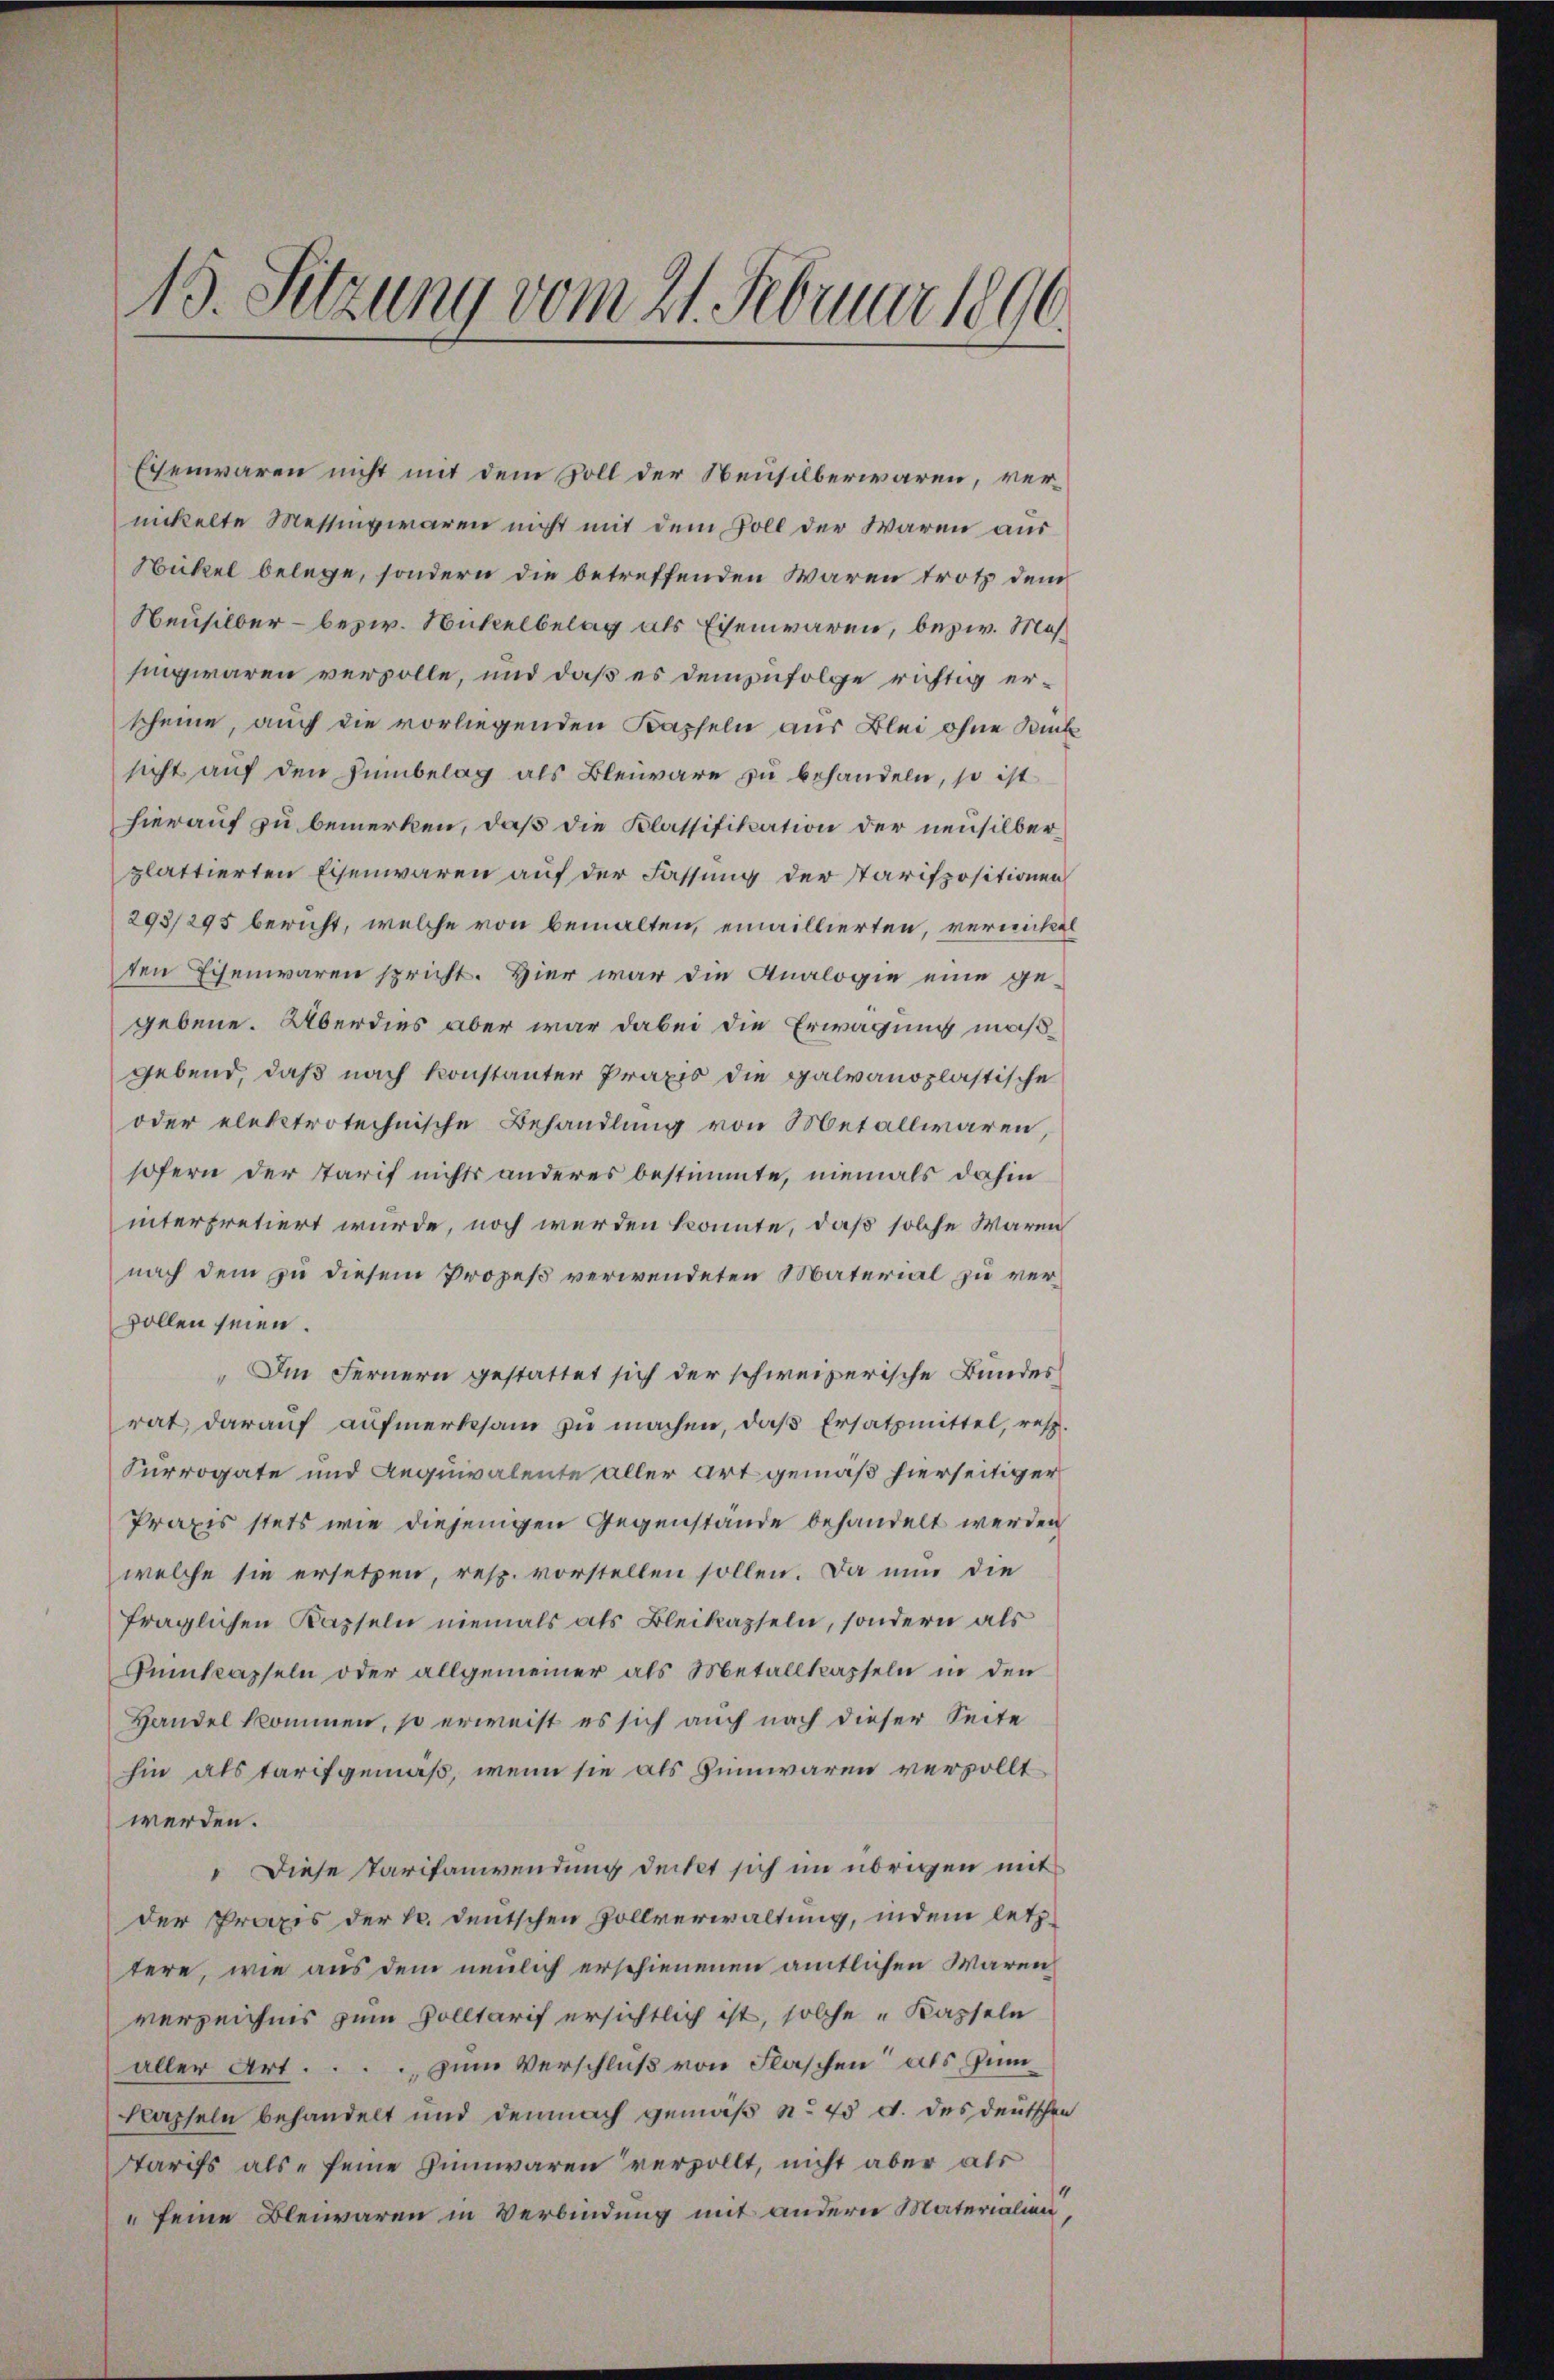
15. Sitzung vom 21. Februar 1890.

Eisenwaren nicht mit dem Soll der Neusilberwaren, vernickelte Messing waren nicht mit dem Poll der Waren aus
Nikel belege, sondern die betreffenden Waren trotz dem
Neusilber- bezw. Nickelbelag als Eisenwaren, bezw. Massing waren vervolle, und daß es demzufolge richtig erscheine, auch die vorliegenden Kapseln aus Blei ohne Rück
sicht auf den Humbelag als Bleiwäre zu behandeln, so ist
hierauf zu bemerken, daß die Klassifikation der neusilberplattierten Eisenwaren auf der Fassung der Parispositionen
293/295 bericht, welche von bemalten, einaillierten, vernickel
den Eisenwaren spricht. Hier war die Analogie eine gegebene. Überdies aber war dabei die Erwägung maßgebend, daß nach konstanter Praxis die galvanoplastische
oder elektrotechnische Behandlung von Metallwaren,
sofern der Tarif nichts anderes bestimmte, niemals dahin
interpretiert wurde, noch werden konnte, daß solche Waren
nach dem zu diesem Prozeß verwendeten Material zu verwollen seien.
Im Fernern gestattet sich der schweizerische Bundes
rat darauf aufmerksam zu machen, daß Ersatzmittel, resp.
Currogate und Aequivalente aller Art gemäß hierseitiger
Praxis stets wie diejenigen Gegenstände behandelt werden
welche sie ersetzen, resp. vorstellen sollen. Da nun die
fraglichen Kapseln niemals als Bleikapseln, sondern als
Pumkapseln oder allgemeiner als Metallkapseln in den
Handel kommen, so erweist es sich auch nach dieser Seite
hin als tarifgemäß, wenn sie als Zimwaren versollt
werden.
Diese Tarifanwendung deckt sich im übrigen mit
der Praxis der h. deutschen Zollverwaltung, indem letztere, wie aus dem neulich erschienenen amtlichen Waren
verzeichnis zum Solltarif ersichtlich ist, solche „Kapseln
aller Art..... zum Verschluß von Flaschen als Zun¬
Kapseln behandelt und demnach gemäß nr 45 d. des deutschen
tarifs als seine Einwaren verzollt, nicht aber als
„seine Bleiwaren in Verbindung mit andern Materialien,